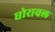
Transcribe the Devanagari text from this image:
घोरावल